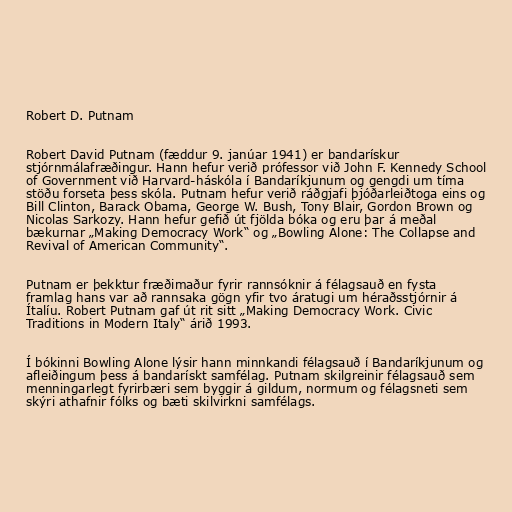
Robert D. Putnam

Robert David Putnam (fæddur 9. janúar 1941) er bandarískur
stjórnmálafræðingur. Hann hefur verið prófessor við John F. Kennedy School
of Government við Harvard-háskóla í Bandaríkjunum og gengdi um tíma
stöðu forseta þess skóla. Putnam hefur verið ráðgjafi þjóðarleiðtoga eins og
Bill Clinton, Barack Obama, George W. Bush, Tony Blair, Gordon Brown og
Nicolas Sarkozy. Hann hefur gefið út fjölda bóka og eru þar á meðal
bækurnar „Making Democracy Work“ og „Bowling Alone: The Collapse and
Revival of American Community“.

Putnam er þekktur fræðimaður fyrir rannsóknir á félagsauð en fysta
framlag hans var að rannsaka gögn yfir tvo áratugi um héraðsstjórnir á
Ítalíu. Robert Putnam gaf út rit sitt „Making Democracy Work. Civic
Traditions in Modern Italy“ árið 1993.

Í bókinni Bowling Alone lýsir hann minnkandi félagsauð í Bandaríkjunum og
afleiðingum þess á bandarískt samfélag. Putnam skilgreinir félagsauð sem
menningarlegt fyrirbæri sem byggir á gildum, normum og félagsneti sem
skýri athafnir fólks og bæti skilvirkni samfélags.